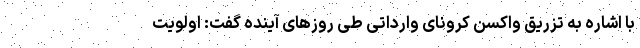
با اشاره به تزریق واکسن کرونای وارداتی طی روزهای آینده گفت: اولویت